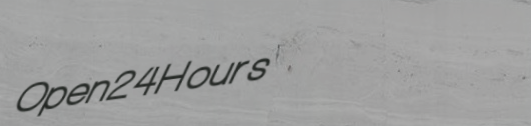
Open24Hours